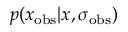
p ( x _ { \mathrm { o b s } } | x , \sigma _ { \mathrm { o b s } } )